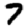
Digit: 7